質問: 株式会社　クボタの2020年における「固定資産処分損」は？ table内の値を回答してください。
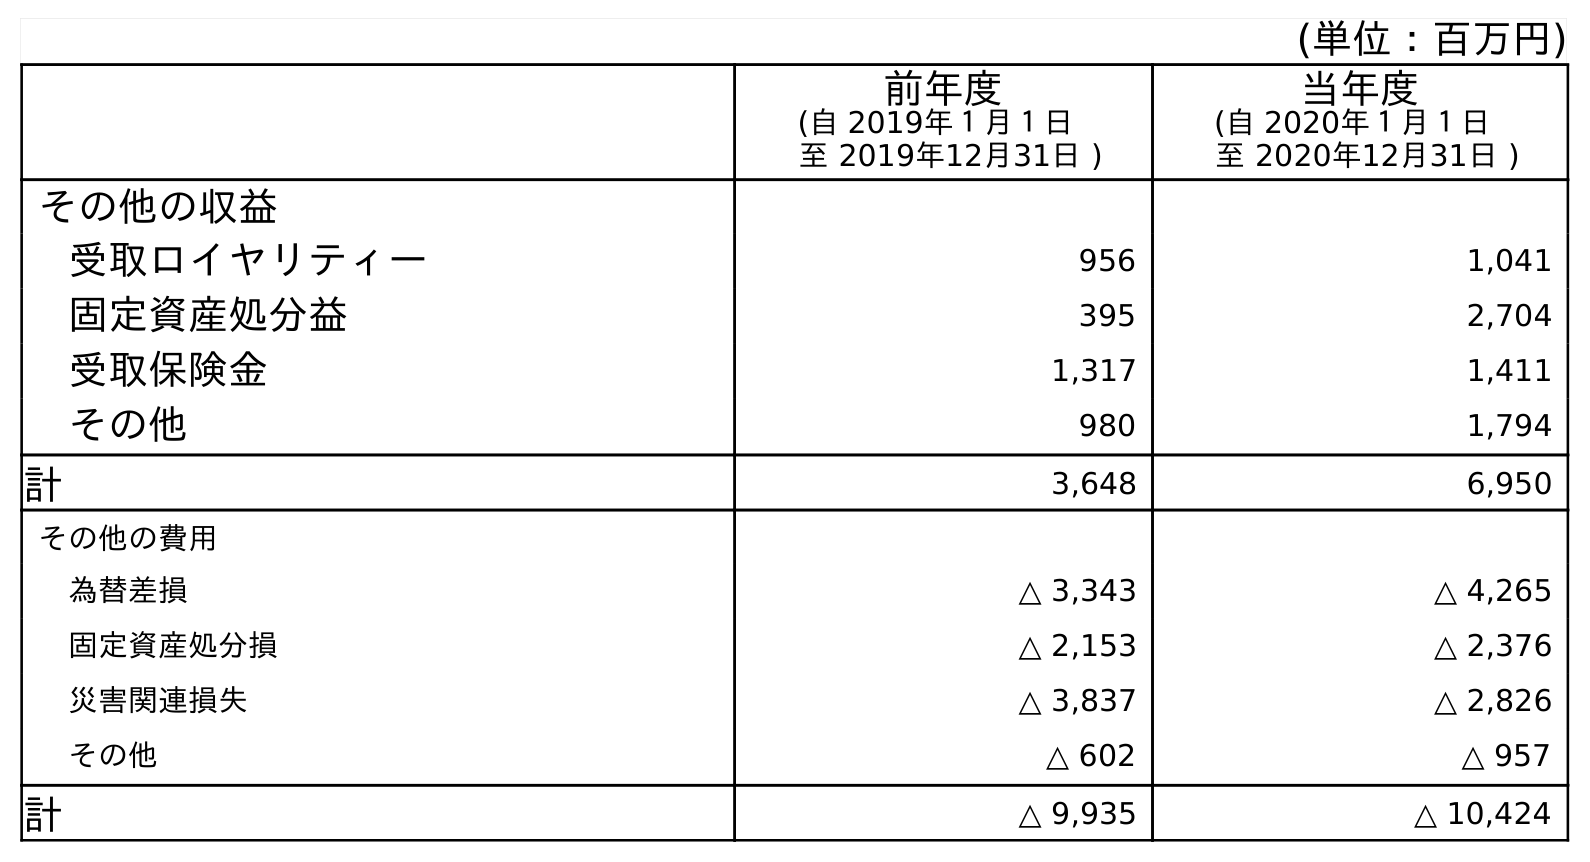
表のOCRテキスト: (単位：百万円) 前年度 (自 2019年１月１日 至 2019年12月31日 ) 当年度 (自 2020年１月１日 至 2020年12月31日 ) その他の収益 受取ロイヤリティー 956 1,041 固定資産処分益 395 2,704 受取保険金 1,317 1,411 その他 980 1,794 計 3,648 6,950 その他の費用 為替差損 △ 3,343 △ 4,265 固定資産処分損 △ 2,153 △ 2,376 災害関連損失 △ 3,837 △ 2,826 その他 △ 602 △ 957 計 △ 9,935 △ 10,424
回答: △2,376